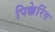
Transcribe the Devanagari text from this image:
पिक्केरिंग